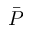
\bar { P }